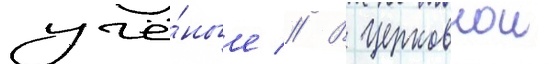
учё́ные // В церковнои